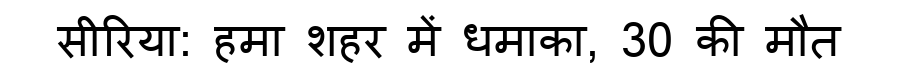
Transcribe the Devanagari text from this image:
सीरिया: हमा शहर में धमाका, 30 की मौत